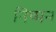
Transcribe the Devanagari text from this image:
निष्पन